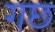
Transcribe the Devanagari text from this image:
गछ